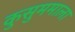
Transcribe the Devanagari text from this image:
कुसुममाला